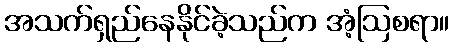
အသက်ရှည်နေနိုင်ခဲ့သည်က အံ့ဩစရာ။